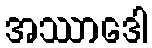
အဿာဒေါ